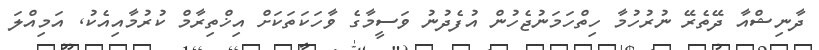
ދާނިޝްއާ ދޭތެރޭ ނުރުހުމާ ހިތްހަމަނުޖެހުން އުފެދުނު ވަސީމާގެ ވާހަކަތަކަށް އިޚްތިރާމް ކުރުމާއިއެކު